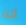
أنك